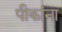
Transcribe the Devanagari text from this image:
पीकांना